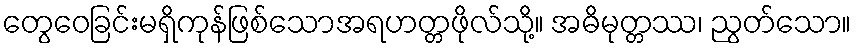
တွေဝေခြင်းမရှိကုန်ဖြစ်သောအရဟတ္တဖိုလ်သို့။ အဓိမုတ္တဿ၊ ညွတ်သော။